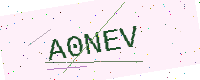
Text: A0NEV